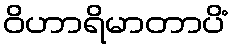
ဝိဟာရိမာတာပိံ